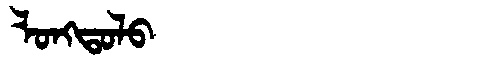
Manchu: ᠯᠣᠩᡨᠣᠯᠣ
Romanization: LONGTOLO